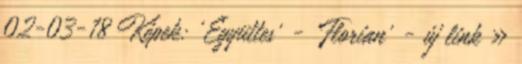
02-03-18 Képek: 'Együttes' - 'Florian' - új link »